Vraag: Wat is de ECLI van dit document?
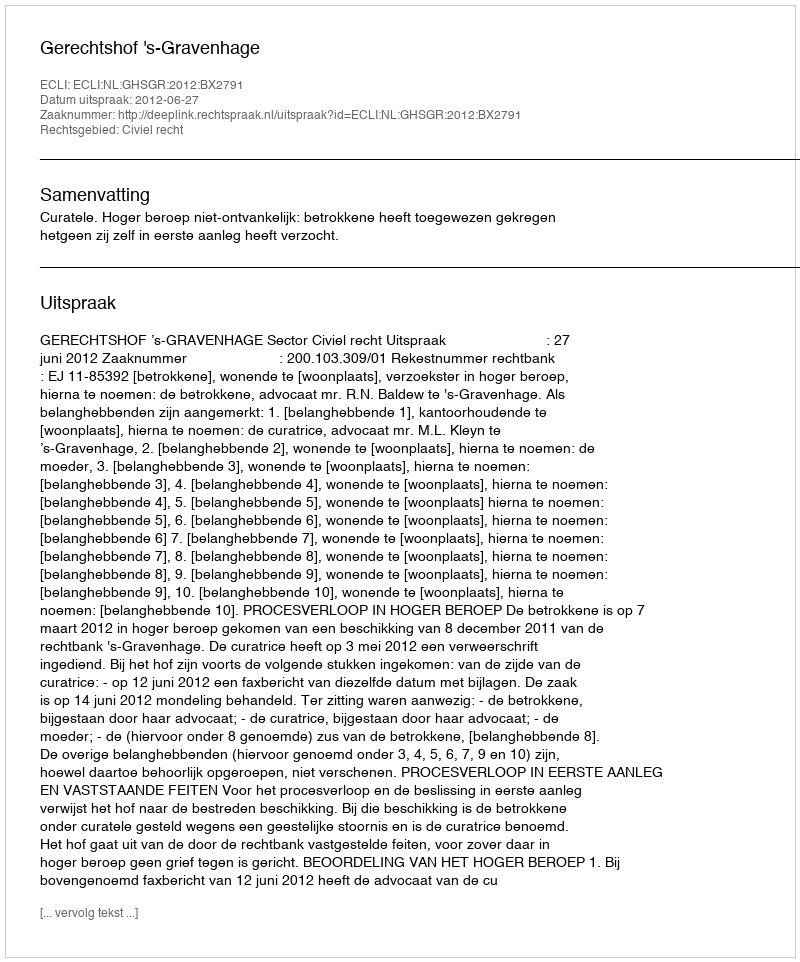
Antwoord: ECLI:NL:GHSGR:2012:BX2791